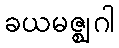
ခယမဇ္ဈဂါ